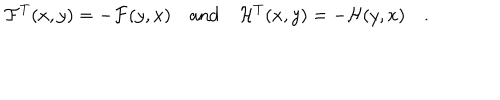
{ \cal F } ^ { T } ( x , y ) = - { \cal F } ( y , x ) \quad \mathrm { a n d } \quad { \cal H } ^ { T } ( x , y ) = - { \cal H } ( y , x ) \quad .